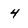
Character: 4